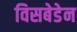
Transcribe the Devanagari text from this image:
विसबेडेन